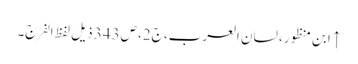
↑ ابن منظور، لسان العرب، ج2، ص343 ذیل لفظ اَلفَرَج۔